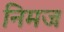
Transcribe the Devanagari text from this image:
निमज